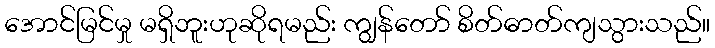
အောင်မြင်မှု မရှိဘူးဟုဆိုရမည်း ကျွန်တော် စိတ်ဓာတ်ကျသွားသည်။